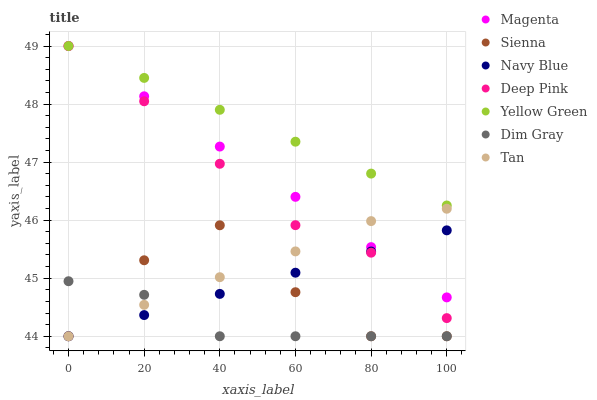
| xaxis_label | Magenta | Sienna | Navy Blue | Deep Pink | Yellow Green | Dim Gray | Tan |
 | --- | --- | --- | --- | --- | --- | --- | --- |
 | 0 | 49 | 44 | 44 | 49 | 49 | 44.9 | 44 |
 | 20 | 48.1 | 45.3 | 44.4 | 48 | 48.5 | 44.7 | 44.5 |
 | 40 | 47.3 | 45.9 | 44.7 | 47 | 47.9 | 44 | 45 |
 | 60 | 46.4 | 44.8 | 45.1 | 45.9 | 47.4 | 44 | 45.5 |
 | 80 | 45.5 | 44 | 45.5 | 45.4 | 46.8 | 44 | 46 |
 | 100 | 44.7 | 44 | 45.8 | 44.3 | 46.3 | 44 | 46.2 |